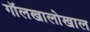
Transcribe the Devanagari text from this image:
गॉलखालोखाल